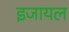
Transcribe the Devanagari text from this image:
इजायल